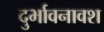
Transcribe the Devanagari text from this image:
दुर्भावनावश